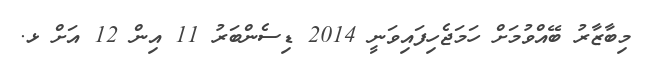
މިބާޒާރު ބޭއްވުމަށް ހަމަޖެހިފައިވަނީ 2014 ޑިސެންބަރު 11 އިން 12 އަށް ޅ.